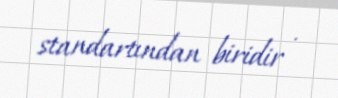
standartından biridir .